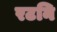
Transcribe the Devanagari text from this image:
रटनि